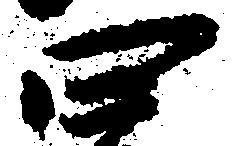
四